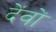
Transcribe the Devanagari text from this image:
देंवों